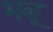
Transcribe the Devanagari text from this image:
भबू